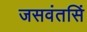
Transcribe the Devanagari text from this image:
जसवंतसिं